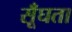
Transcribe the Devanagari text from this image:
सूँघता